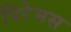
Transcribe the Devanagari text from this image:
पिरेमस